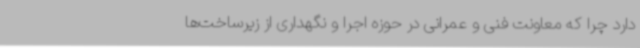
دارد چرا که معاونت فنی و عمرانی در حوزه اجرا و نگهداری از زیرساخت‌ها